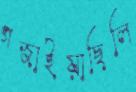
গজাইয়াছিলি